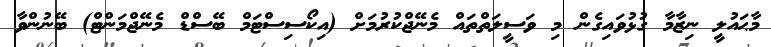
މާޙައުލީ ނިޒާމާ ގުޅުވައިގެން މި ވަސީލަތްތައް މެނޭޖްކުރުމަށް (އިކޯސިސްޓަމް ބޭސްޑް މެނޭޖްމަންޓް) ބޭނުންވާ